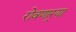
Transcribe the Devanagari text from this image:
रोवणार्‍या